Indian Medical Review
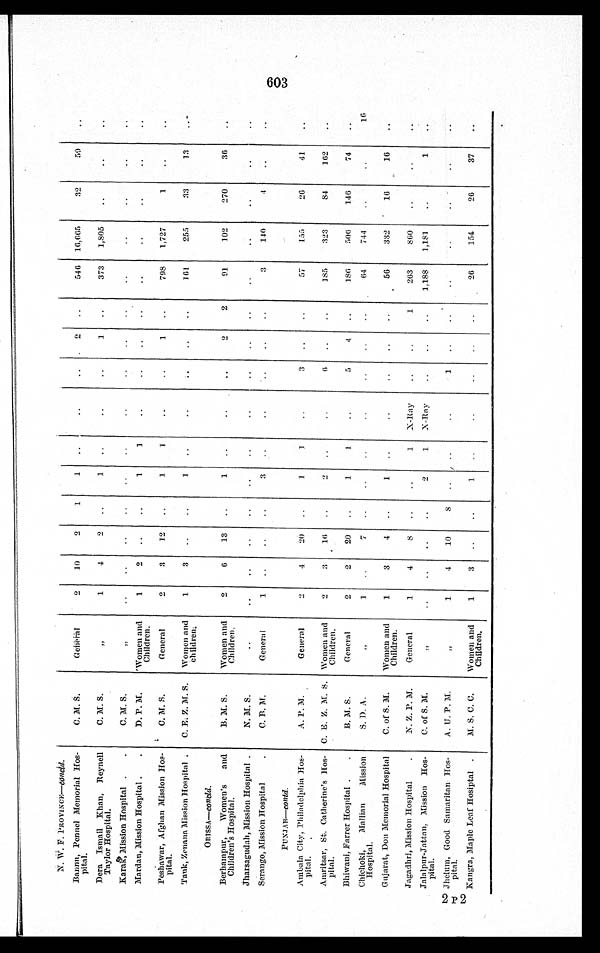
N. W. F. PIOVINCE —concld.
Bannn, Penncl Memorial Hos-
pital.
C. M. S.
General
2
10
2
1
1
2
546 16,665
32
59
Dera Ismail Khan, Reynell
Taylor Hospital.
C. M. S.
,,
1
4
2
1
1
373 1,805
Karak, Mission Hospital
C. M. S.
,,
Mardan, Mission Hospital
D. P. M.
Women and
Children.
1
2
1
1
Peshawar, Afghan Mission Hos-
p i t a l .
C. M. S.
General
2
3
12
1
1
1
798 1,727
1
'1'ank, Zenana Mission Hospital
C. E. Z. M. S. Women and
children.
1
3
1
161
255
33
13
O R I S S A —c
o n c l d .
Berhampur, Women's and
Children's Hospital.
B. M S.
Women and
Children.
2
6 13
1
2
2
91
102
270
36
Jharsagudah, Mission Hospital
N. M. S.
Serango, Mission Hospital
C. B. M.
General
1
3
3
140
4
PUNJAB—contd.
Ambala City, Philadelphia Hos-
pital.
A. P. M.
General
2
4
20
1
3
57
155
26
41
Amritsar, St. Catherine's Hos-
pital.
C. E. Z. M. S. Women and
Children.
2
3 16
2
6
185
323
84
162
Bhiwani, Farrer Hospital
B. M. S.
General
2
2
20
1
1
5
4
186
506
146
74
Chichoki, Mallian Mission
Hospital.
S. D. A.
,,
1
7
64
744
16
Gujarat, Don Memorial Hospital
C. of S. M.
Women and
Children.
1
3
4
1
56
332
16
16
Jagadhri, Mission Hospital
N. Z. P. M.
General
1 4
8
1 X-Ray
1
263
860
Jalalpur-Jattan, Mission Hos-
pital.
C. of S. M.
,,
2
1 X-Ray
1,188 1,181
1
Jhelum, Good Samaritan Hos-
pital.
A. U. P. M.
,,
1
4
10
8
1
Kangra, Maple Leaf Hosiptal
M. S. C. C.
Women and
Children.
1
3
1
26
154
26
37
6 0 3 s